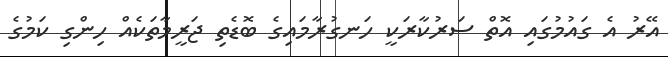
އޭރު އެ ގައުމުގައި އޮތް ސަރުކާރަކީ ހަނގުރާމައިގެ ބޮޑެތި ޖަރީމާތަކެއް ހިންގި ކަމުގެ